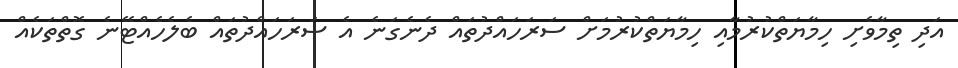
އަދި ތިމާވެށި ހިމާޔަތްކުރުމާއި ހިމާޔަތްކުރުމަށް ސަރަހައްދުތައް ދެނެގަނެ އެ ސަރަހައްދުތައް ބެލެހެއްޓޭނެ ގޮތްތަކެއް